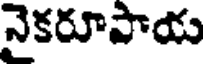
నైకరూపాయ